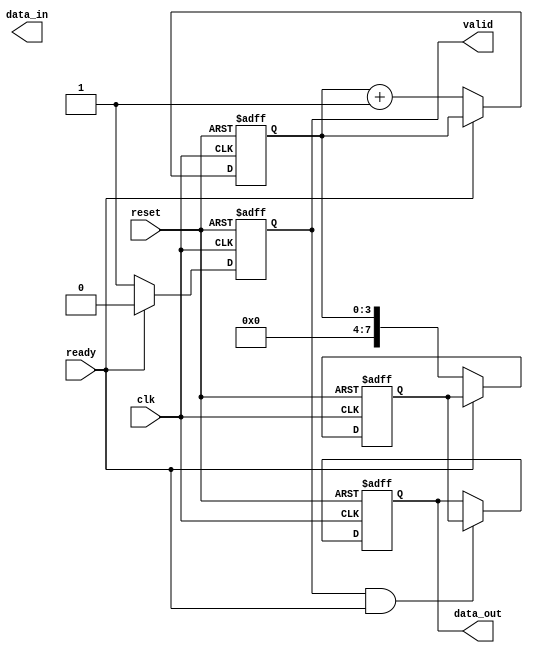
module ready_valid_handshake (
    input  wire clk,                // Clock signal
    input  wire reset,              // Asynchronous reset
    output reg [7:0] data_out,      // Data output to consumer
    output reg valid,               // Valid signal from producer
    input  wire ready,              // Ready signal from consumer
    output reg [7:0] data_in        // Data input from producer
);

// Producer logic
reg [7:0] data_reg;                // Internal data register for producer
reg [3:0] count;                   // Some counter to generate data

always @(posedge clk or posedge reset) begin
    if (reset) begin
        data_reg <= 8'b0;
        valid <= 1'b0;
        count <= 4'b0;
    end else begin
        // Generate new data every clock cycle and assert valid if 'ready' is deasserted
        if (!ready) begin
            data_reg <= count;      // Update data with count value
            valid <= 1'b1;          // Assert valid since new data is ready
            count <= count + 1;     // Increment the counter
        end

        // Deassert the valid signal if ready is high
        if (ready) begin
            valid <= 1'b0;          // Deassert valid when consumer is ready
        end
    end
end

// Consumer logic
always @(posedge clk or posedge reset) begin
    if (reset) begin
        data_out <= 8'b0;           // Reset data output
    end else begin
        // Capture data when both valid and ready are high
        if (valid && ready) begin
            data_out <= data_reg;   // Capture the data
        end
    end
end

endmodule